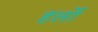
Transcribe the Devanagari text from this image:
हर्लो